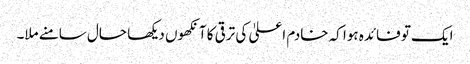
ایک تو فائدہ ہوا کہ خادم اعلیٰ کی ترقی کا آنکھوں دیکھا حال سامنے ملا۔